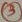
Text: 3